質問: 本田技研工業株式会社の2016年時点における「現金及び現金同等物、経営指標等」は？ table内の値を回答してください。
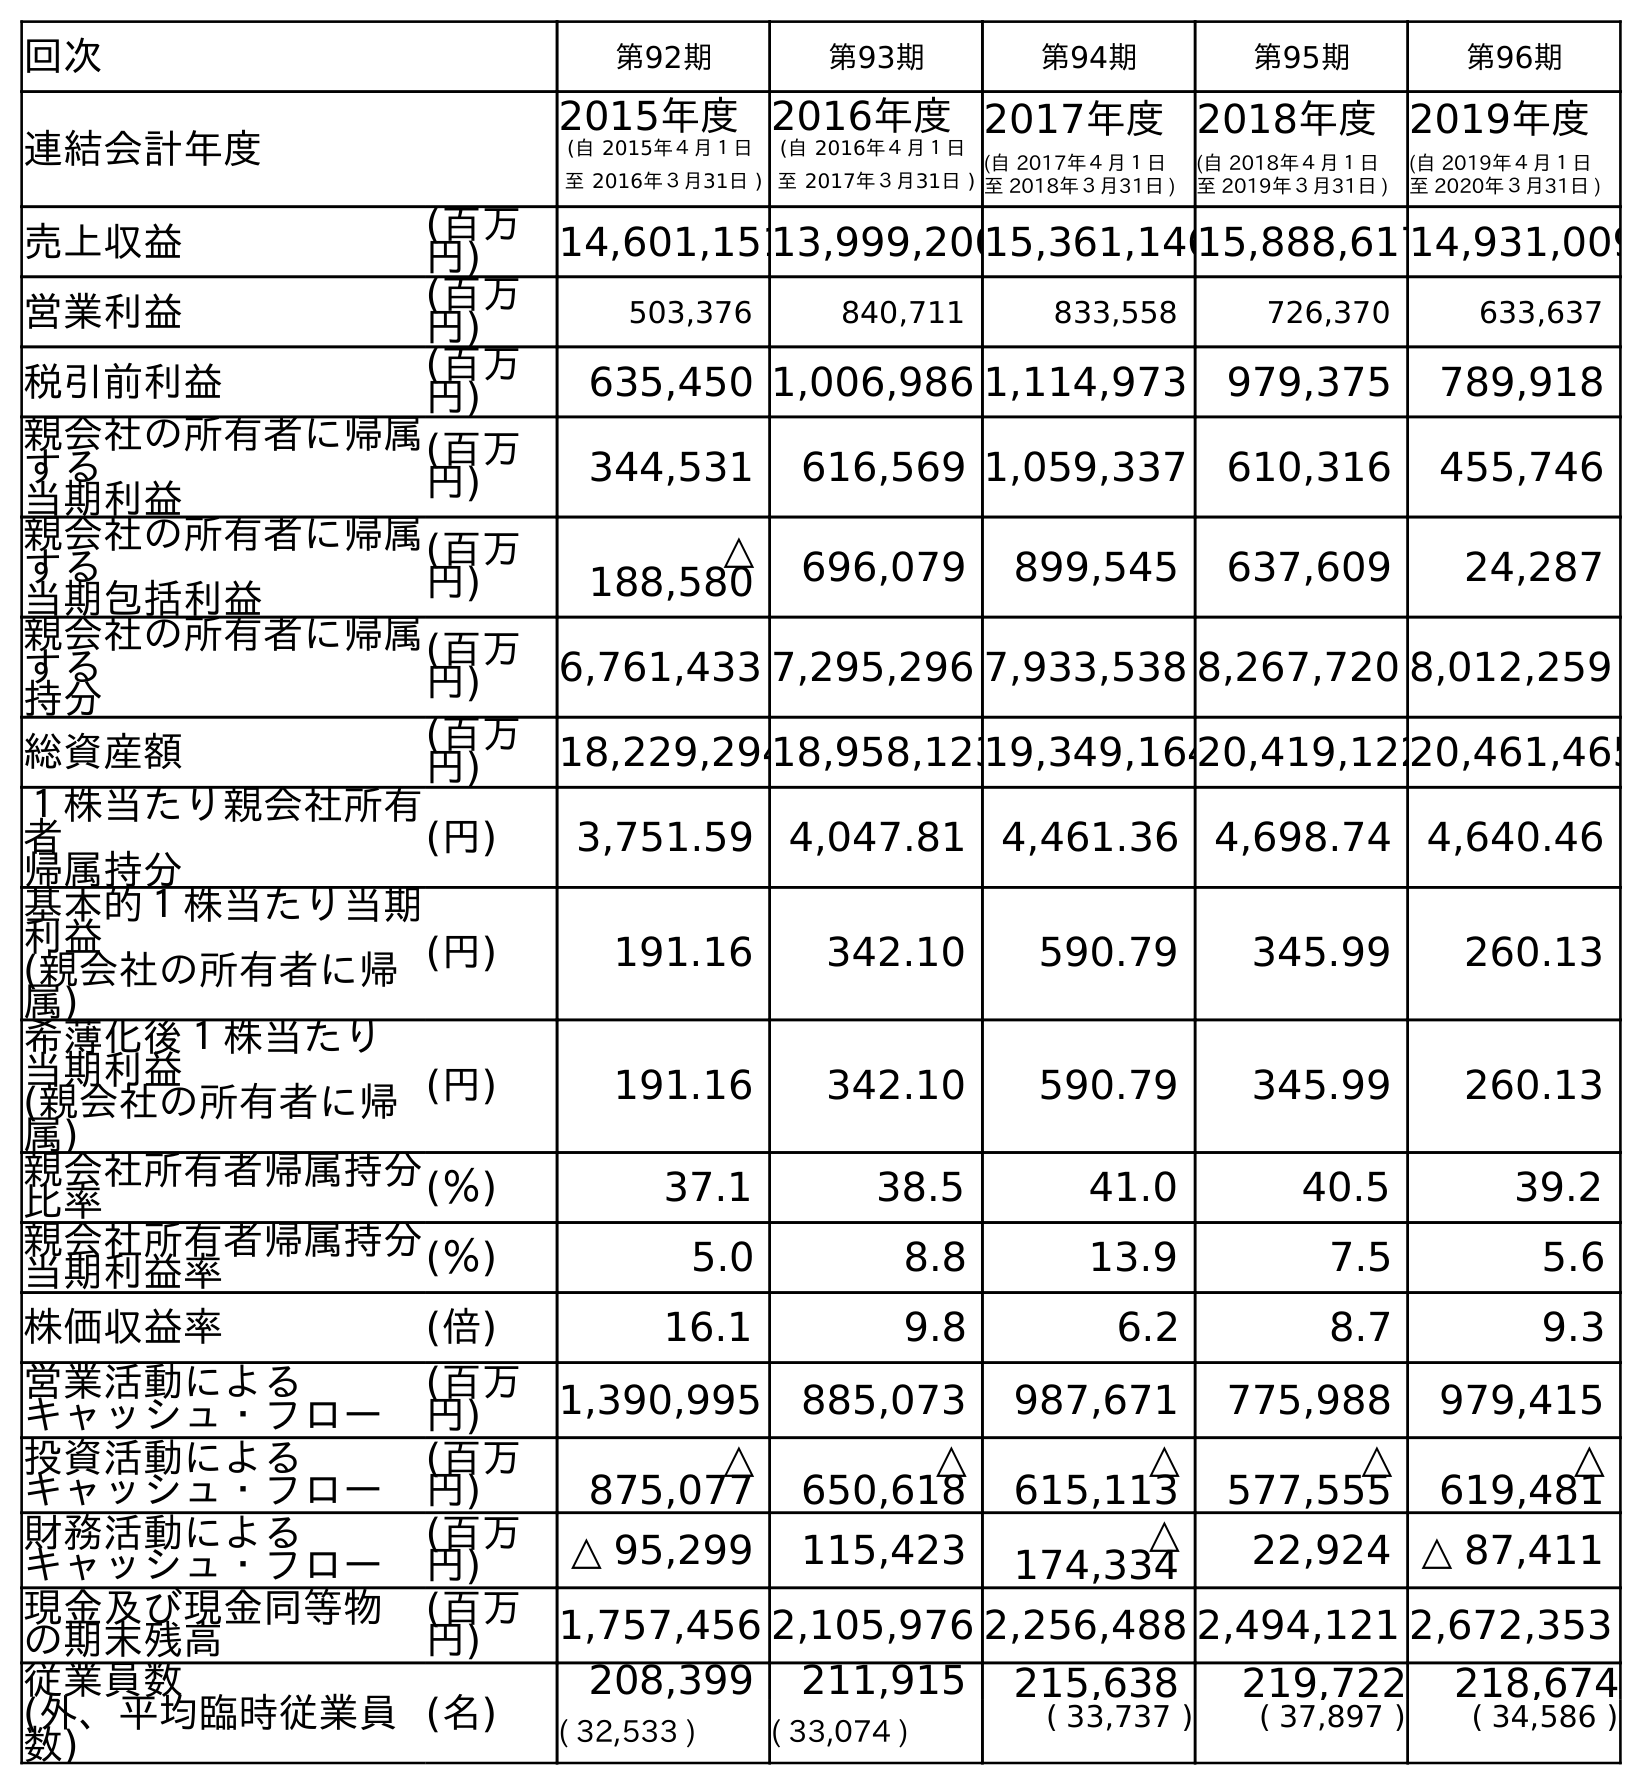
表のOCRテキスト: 回次 第92期 第93期 第94期 第95期 第96期 連結会計年度 2015年度 (自 2015年４月１日 至 2016年３月31日 ) 2016年度 (自 2016年４月１日 至 2017年３月31日 ) 2017年度 (自 2017年４月１日 至 2018年３月31日 ) 2018年度 (自 2018年４月１日 至 2019年３月31日 ) 2019年度 (自 2019年４月１日 至 2020年３月31日 ) 売上収益 (百万 円) 14,601,15113,999,20015,361,14615,888,61714,931,009 営業利益 (百万 円) 503,376 840,711 833,558 726,370 633,637 税引前利益 (百万 円) 635,450 1,006,986 1,114,973 979,375 789,918 親会社の所有者に帰属 する 当期利益 (百万 円) 344,531 616,569 1,059,337 610,316 455,746 親会社の所有者に帰属 する 当期包括利益 (百万 円) △ 188,580 696,079 899,545 637,609 24,287 親会社の所有者に帰属 する 持分 (百万 円) 6,761,433 7,295,296 7,933,538 8,267,720 8,012,259 総資産額 (百万 円) 18,229,29418,958,12319,349,16420,419,12220,461,465 １株当たり親会社所有 者 帰属持分 (円) 3,751.59 4,047.81 4,461.36 4,698.74 4,640.46 基本的１株当たり当期 利益 (親会社の所有者に帰 属) (円) 191.16 342.10 590.79 345.99 260.13 希薄化後１株当たり 当期利益 (親会社の所有者に帰 属) (円) 191.16 342.10 590.79 345.99 260.13 親会社所有者帰属持分 比率 (％) 37.1 38.5 41.0 40.5 39.2 親会社所有者帰属持分 当期利益率 (％) 5.0 8.8 13.9 7.5 5.6 株価収益率 (倍) 16.1 9.8 6.2 8.7 9.3 営業活動による キャッシュ・フロー (百万 円) 1,390,995 885,073 987,671 775,988 979,415 投資活動による キャッシュ・フロー (百万 円) △ 875,077 △ 650,618 △ 615,113 △ 577,555 △ 619,481 財務活動による キャッシュ・フロー (百万 円) △ 95,299 115,423 △ 174,334 22,924 △ 87,411 現金及び現金同等物 の期末残高 (百万 円) 1,757,456 2,105,976 2,256,488 2,494,121 2,672,353 従業員数 (外、平均臨時従業員 数) (名) 208,399 211,915 215,638 219,722 218,674 ( 32,533 ) ( 33,074 ) ( 33,737 ) ( 37,897 ) ( 34,586 )
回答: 1,757,456